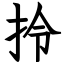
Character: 拎